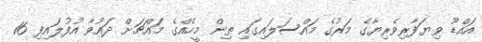
އައްޑޫ ވިޔަފާރިވެރިޔާގެ މަރުގެ މައްސަލައިގައި ތިން މީހެއްގެ މައްޗަށް ދައުވާ އުފުލައިފި 16